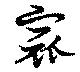
窳